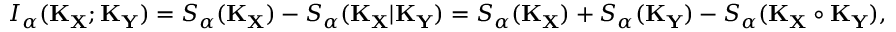
I _ { \alpha } ( \mathbf { K } _ { \mathbf { X } } ; \mathbf { K } _ { \mathbf { Y } } ) = S _ { \alpha } ( \mathbf { K } _ { \mathbf { X } } ) - S _ { \alpha } ( \mathbf { K } _ { \mathbf { X } } \vert \mathbf { K } _ { \mathbf { Y } } ) = S _ { \alpha } ( \mathbf { K } _ { \mathbf { X } } ) + S _ { \alpha } ( \mathbf { K } _ { \mathbf { Y } } ) - S _ { \alpha } ( \mathbf { K } _ { \mathbf { X } } \circ \mathbf { K } _ { \mathbf { Y } } ) ,